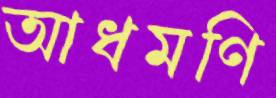
আধমণি